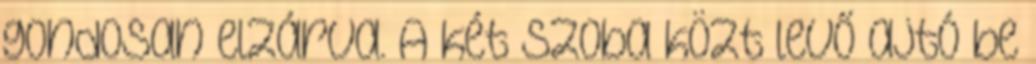
gondosan elzárva. A két szoba közt levő ajtó be